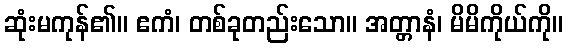
ဆုံးမကုန်၏။ ဧကံ၊ တစ်ခုတည်းသော။ အတ္တာနံ၊ မိမိကိုယ်ကို။